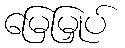
မြေမြှုပ်